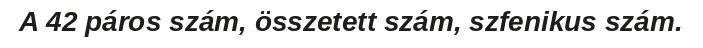
A 42 páros szám, összetett szám, szfenikus szám.